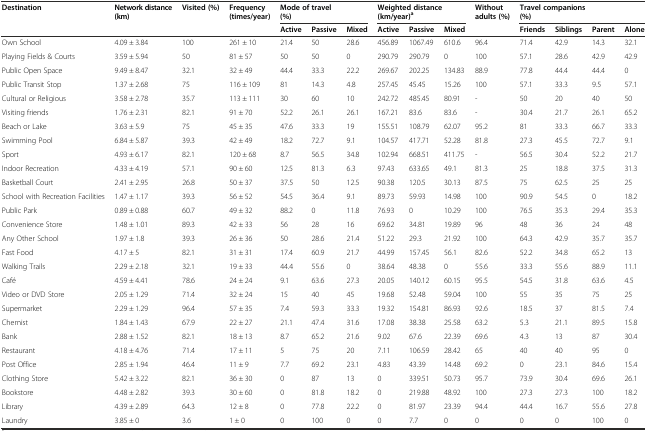
<table><thead><tr><td><b>Destination</b></td><td><b>Network distance (km)</b></td><td><b>Visited (%)</b></td><td><b>Frequency (times/year)</b></td><td colspan="3"><b>Mode of travel (%)</b></td><td colspan="3"><b>Weighted distance (km/year)<sup>a</sup></b></td><td><b>Without adults (%)</b></td><td colspan="4"><b>Travel companions (%)</b></td></tr><tr><td></td><td></td><td></td><td></td><td><b>Active</b></td><td><b>Passive</b></td><td><b>Mixed</b></td><td><b>Active</b></td><td><b>Passive</b></td><td><b>Mixed</b></td><td></td><td><b>Friends</b></td><td><b>Siblings</b></td><td><b>Parent</b></td><td><b>Alone</b></td></tr></thead><tbody><tr><td>Own School</td><td>4.09 ± 3.84</td><td>100</td><td>261 ± 10</td><td>21.4</td><td>50</td><td>28.6</td><td>456.89</td><td>1067.49</td><td>610.6</td><td>96.4</td><td>71.4</td><td>42.9</td><td>14.3</td><td>32.1</td></tr><tr><td>Playing Fields &amp; Courts</td><td>3.59 ± 5.94</td><td>50</td><td>81 ± 57</td><td>50</td><td>50</td><td>0</td><td>290.79</td><td>290.79</td><td>0</td><td>100</td><td>57.1</td><td>28.6</td><td>42.9</td><td>42.9</td></tr><tr><td>Public Open Space</td><td>9.49 ± 8.47</td><td>32.1</td><td>32 ± 49</td><td>44.4</td><td>33.3</td><td>22.2</td><td>269.67</td><td>202.25</td><td>134.83</td><td>88.9</td><td>77.8</td><td>44.4</td><td>44.4</td><td>0</td></tr><tr><td>Public Transit Stop</td><td>1.37 ± 2.68</td><td>75</td><td>116 ± 109</td><td>81</td><td>14.3</td><td>4.8</td><td>257.45</td><td>45.45</td><td>15.26</td><td>100</td><td>57.1</td><td>33.3</td><td>9.5</td><td>57.1</td></tr><tr><td>Cultural or Religious</td><td>3.58 ± 2.78</td><td>35.7</td><td>113 ± 111</td><td>30</td><td>60</td><td>10</td><td>242.72</td><td>485.45</td><td>80.91</td><td>-</td><td>50</td><td>20</td><td>40</td><td>50</td></tr><tr><td>Visiting friends</td><td>1.76 ± 2.31</td><td>82.1</td><td>91 ± 70</td><td>52.2</td><td>26.1</td><td>26.1</td><td>167.21</td><td>83.6</td><td>83.6</td><td>-</td><td>30.4</td><td>21.7</td><td>26.1</td><td>65.2</td></tr><tr><td>Beach or Lake</td><td>3.63 ± 5.9</td><td>75</td><td>45 ± 35</td><td>47.6</td><td>33.3</td><td>19</td><td>155.51</td><td>108.79</td><td>62.07</td><td>95.2</td><td>81</td><td>33.3</td><td>66.7</td><td>33.3</td></tr><tr><td>Swimming Pool</td><td>6.84 ± 5.87</td><td>39.3</td><td>42 ± 49</td><td>18.2</td><td>72.7</td><td>9.1</td><td>104.57</td><td>417.71</td><td>52.28</td><td>81.8</td><td>27.3</td><td>45.5</td><td>72.7</td><td>9.1</td></tr><tr><td>Sport</td><td>4.93 ± 6.17</td><td>82.1</td><td>120 ± 68</td><td>8.7</td><td>56.5</td><td>34.8</td><td>102.94</td><td>668.51</td><td>411.75</td><td>-</td><td>56.5</td><td>30.4</td><td>52.2</td><td>21.7</td></tr><tr><td>Indoor Recreation</td><td>4.33 ± 4.19</td><td>57.1</td><td>90 ± 60</td><td>12.5</td><td>81.3</td><td>6.3</td><td>97.43</td><td>633.65</td><td>49.1</td><td>81.3</td><td>25</td><td>18.8</td><td>37.5</td><td>31.3</td></tr><tr><td>Basketball Court</td><td>2.41 ± 2.95</td><td>26.8</td><td>50 ± 37</td><td>37.5</td><td>50</td><td>12.5</td><td>90.38</td><td>120.5</td><td>30.13</td><td>87.5</td><td>75</td><td>62.5</td><td>25</td><td>25</td></tr><tr><td>School with Recreation Facilities</td><td>1.47 ± 1.17</td><td>39.3</td><td>56 ± 52</td><td>54.5</td><td>36.4</td><td>9.1</td><td>89.73</td><td>59.93</td><td>14.98</td><td>100</td><td>90.9</td><td>54.5</td><td>0</td><td>18.2</td></tr><tr><td>Public Park</td><td>0.89 ± 0.88</td><td>60.7</td><td>49 ± 32</td><td>88.2</td><td>0</td><td>11.8</td><td>76.93</td><td>0</td><td>10.29</td><td>100</td><td>76.5</td><td>35.3</td><td>29.4</td><td>35.3</td></tr><tr><td>Convenience Store</td><td>1.48 ± 1.01</td><td>89.3</td><td>42 ± 33</td><td>56</td><td>28</td><td>16</td><td>69.62</td><td>34.81</td><td>19.89</td><td>96</td><td>48</td><td>36</td><td>24</td><td>48</td></tr><tr><td>Any Other School</td><td>1.97 ± 1.8</td><td>39.3</td><td>26 ± 36</td><td>50</td><td>28.6</td><td>21.4</td><td>51.22</td><td>29.3</td><td>21.92</td><td>100</td><td>64.3</td><td>42.9</td><td>35.7</td><td>35.7</td></tr><tr><td>Fast Food</td><td>4.17 ± 5</td><td>82.1</td><td>31 ± 31</td><td>17.4</td><td>60.9</td><td>21.7</td><td>44.99</td><td>157.45</td><td>56.1</td><td>82.6</td><td>52.2</td><td>34.8</td><td>65.2</td><td>13</td></tr><tr><td>Walking Trails</td><td>2.29 ± 2.18</td><td>32.1</td><td>19 ± 33</td><td>44.4</td><td>55.6</td><td>0</td><td>38.64</td><td>48.38</td><td>0</td><td>55.6</td><td>33.3</td><td>55.6</td><td>88.9</td><td>11.1</td></tr><tr><td>Café</td><td>4.59 ± 4.41</td><td>78.6</td><td>24 ± 24</td><td>9.1</td><td>63.6</td><td>27.3</td><td>20.05</td><td>140.12</td><td>60.15</td><td>95.5</td><td>54.5</td><td>31.8</td><td>63.6</td><td>4.5</td></tr><tr><td>Video or DVD Store</td><td>2.05 ± 1.29</td><td>71.4</td><td>32 ± 24</td><td>15</td><td>40</td><td>45</td><td>19.68</td><td>52.48</td><td>59.04</td><td>100</td><td>55</td><td>35</td><td>75</td><td>25</td></tr><tr><td>Supermarket</td><td>2.29 ± 1.29</td><td>96.4</td><td>57 ± 35</td><td>7.4</td><td>59.3</td><td>33.3</td><td>19.32</td><td>154.81</td><td>86.93</td><td>92.6</td><td>18.5</td><td>37</td><td>81.5</td><td>7.4</td></tr><tr><td>Chemist</td><td>1.84 ± 1.43</td><td>67.9</td><td>22 ± 27</td><td>21.1</td><td>47.4</td><td>31.6</td><td>17.08</td><td>38.38</td><td>25.58</td><td>63.2</td><td>5.3</td><td>21.1</td><td>89.5</td><td>15.8</td></tr><tr><td>Bank</td><td>2.88 ± 1.52</td><td>82.1</td><td>18 ± 13</td><td>8.7</td><td>65.2</td><td>21.6</td><td>9.02</td><td>67.6</td><td>22.39</td><td>69.6</td><td>4.3</td><td>13</td><td>87</td><td>30.4</td></tr><tr><td>Restaurant</td><td>4.18 ± 4.76</td><td>71.4</td><td>17 ± 11</td><td>5</td><td>75</td><td>20</td><td>7.11</td><td>106.59</td><td>28.42</td><td>65</td><td>40</td><td>40</td><td>95</td><td>0</td></tr><tr><td>Post Office</td><td>2.85 ± 1.94</td><td>46.4</td><td>11 ± 9</td><td>7.7</td><td>69.2</td><td>23.1</td><td>4.83</td><td>43.39</td><td>14.48</td><td>69.2</td><td>0</td><td>23.1</td><td>84.6</td><td>15.4</td></tr><tr><td>Clothing Store</td><td>5.42 ± 3.22</td><td>82.1</td><td>36 ± 30</td><td>0</td><td>87</td><td>13</td><td>0</td><td>339.51</td><td>50.73</td><td>95.7</td><td>73.9</td><td>30.4</td><td>69.6</td><td>26.1</td></tr><tr><td>Bookstore</td><td>4.48 ± 2.82</td><td>39.3</td><td>30 ± 60</td><td>0</td><td>81.8</td><td>18.2</td><td>0</td><td>219.88</td><td>48.92</td><td>100</td><td>27.3</td><td>27.3</td><td>100</td><td>18.2</td></tr><tr><td>Library</td><td>4.39 ± 2.89</td><td>64.3</td><td>12 ± 8</td><td>0</td><td>77.8</td><td>22.2</td><td>0</td><td>81.97</td><td>23.39</td><td>94.4</td><td>44.4</td><td>16.7</td><td>55.6</td><td>27.8</td></tr><tr><td>Laundry</td><td>3.85 ± 0</td><td>3.6</td><td>1 ± 0</td><td>0</td><td>100</td><td>0</td><td>0</td><td>7.7</td><td>0</td><td>0</td><td>0</td><td>0</td><td>100</td><td>0</td></tr></tbody></table>